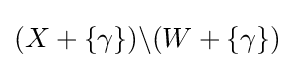
(X+\{\gamma \})\backslash (W+\{\gamma \})